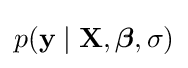
p(\mathbf {y} \mid \mathbf {X} ,{\boldsymbol {\beta }},\sigma )